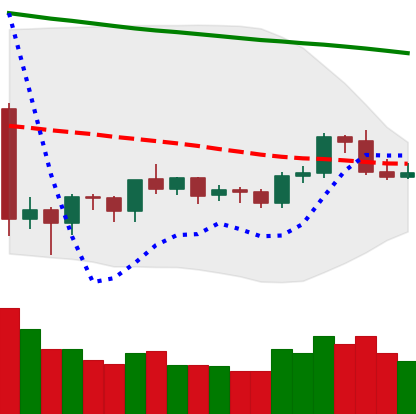
Ticker: ETH-USD
Chart end date: 2019-10-13
Forward return: -4.643%
Label: down_3_5